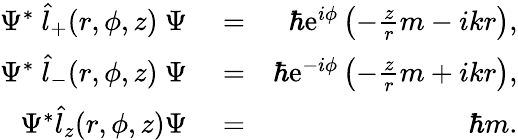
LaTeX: \begin{array}{rlr}{\Psi^{*}\ \hat{l}_{+}(r,\phi,z)\ \Psi}&{{}=}&{\hbar\mathrm{e}^{i\phi}\left(-\frac{z}{r}m-ikr\right),}\\ {\Psi^{*}\ \hat{l}_{-}(r,\phi,z)\ \Psi}&{{}=}&{\hbar\mathrm{e}^{-i\phi}\left(-\frac{z}{r}m+ikr\right),}\\ {\Psi^{*}\hat{l}_{z}(r,\phi,z)\Psi}&{{}=}&{\hbar m.}\end{array}